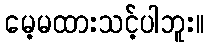
မေ့မထားသင့်ပါဘူး။